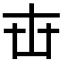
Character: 𠦔